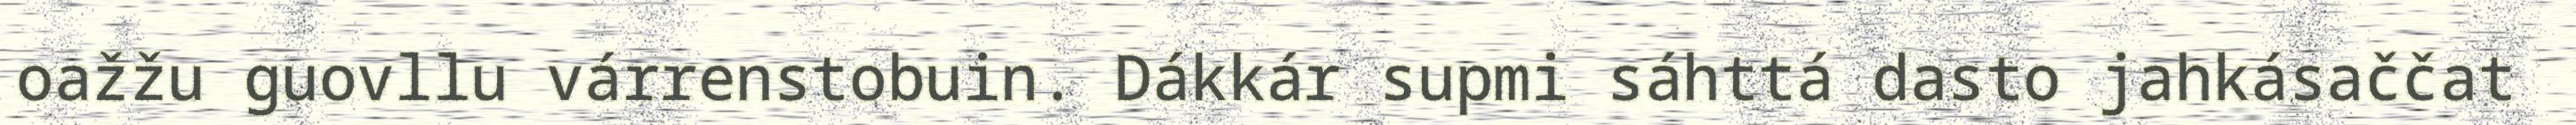
oažžu guovllu várrenstobuin. Dákkár supmi sáhttá dasto jahkásaččat